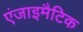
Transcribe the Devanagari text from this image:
एंजाइमैटिक